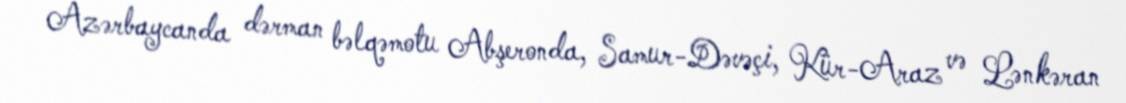
Azərbaycanda dərman bəlqəmotu Abşeronda, Samur-Dəvəçi, Kür-Araz və Lənkəran